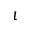
\iota